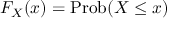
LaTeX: F _ { X } \! \left( x \right) = { \mathrm { P r o b } } \! \left( X \leq x \right)